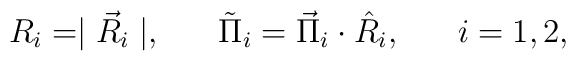
R_i=\mid\vec{R}_{i}\mid,\;\;\;\;\;\;\tilde{\Pi}_{i}=\vec{\Pi}_{i}\cdot\hat{R}_{i},\;\;\;\;\;\;i=1,2,